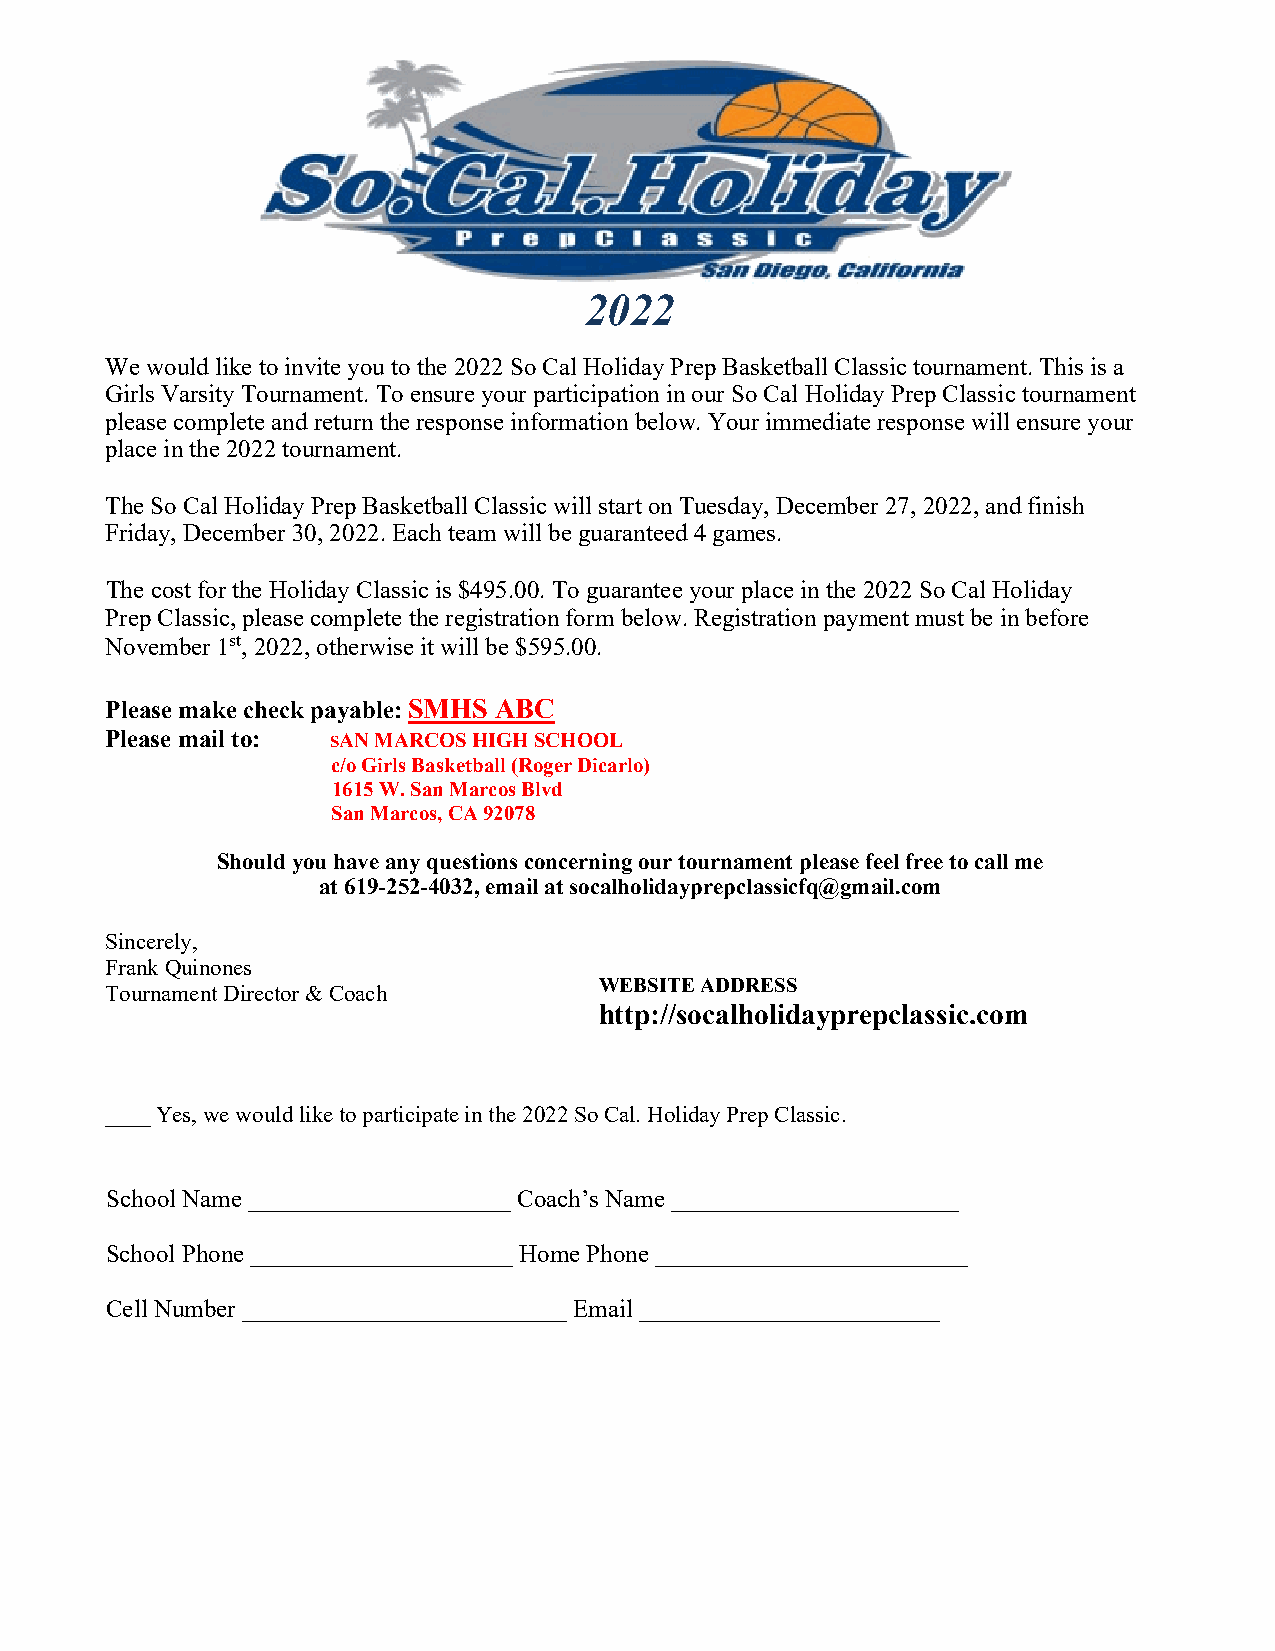
2022
 We would like to invite you to the 2022 So Cal Holiday Prep Basketball Classic tournament. This is a
 Girls Varsity Tournament. To ensure your participation in our So Cal Holiday Prep Classic tournament
 please complete and return the response information below. Your immediate response will ensure your
 place in the 2022 tournament.
 The So Cal Holiday Prep Basketball Classic will start on Tuesday, December 27, 2022, and finish
 Friday, December 30, 2022. Each team will be guaranteed 4 games.
 The cost for the Holiday Classic is $495.00. To guarantee your place in the 2022 So Cal Holiday
 Prep Classic, please complete the registration form below. Registration payment must be in before
 November 1st, 2022, otherwise it will be $595.00.
 Please make check payable: SMHS ABC
 Please mail to: SAN MARCOS HIGH SCHOOL
 c/o Girls Basketball (Roger Dicarlo)
 1615 W. San Marcos Blvd
 San Marcos, CA 92078
 Should you have any questions concerning our tournament please feel free to call me
 at 619-252-4032, email at socalholidayprepclassicfq@gmail.com
 Sincerely,
 Frank Quinones
 WEBSITE ADDRESS
 Tournament Director & Coach
 http://socalholidayprepclassic.com
 ____ Yes, we would like to participate in the 2022 So Cal. Holiday Prep Classic.
 School Name _____________________ Coach’s Name _______________________
 School Phone _____________________ Home Phone _________________________
 Cell Number __________________________ Email ________________________